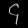
Digit: ၄